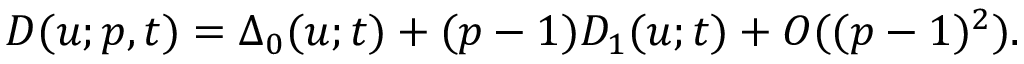
D ( u ; p , t ) = \Delta _ { 0 } ( u ; t ) + ( p - 1 ) D _ { 1 } ( u ; t ) + O ( ( p - 1 ) ^ { 2 } ) .